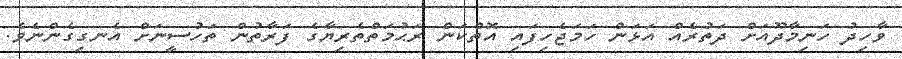
ވާހިދު ހަނިމާދޫއަށް ދަތުރެއް އަޅަން ހަމަޖެހިފައި އޮތްކަން ރަޙުމަތްތެރިޔާގެ ފަރާތުން ތަހުސީނަށް އެނގިގެންނެވެ.